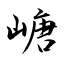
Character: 嵣